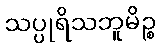
သပ္ပုရိသဘူမိဉ္စ